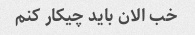
خب الان باید چیکار کنم